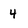
Character: 4